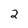
Character: 2